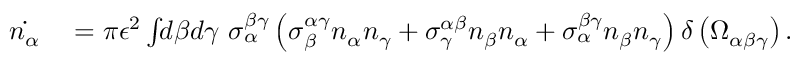
\begin{array} { r l } { \dot { n _ { \alpha } } } & { { } = \pi \epsilon ^ { 2 } \int \! \! d \beta d \gamma \ \sigma _ { \alpha } ^ { \beta \gamma } \left( \sigma _ { \beta } ^ { \alpha \gamma } n _ { \alpha } n _ { \gamma } + \sigma _ { \gamma } ^ { \alpha \beta } n _ { \beta } n _ { \alpha } + \sigma _ { \alpha } ^ { \beta \gamma } n _ { \beta } n _ { \gamma } \right) \delta \left( \Omega _ { \alpha \beta \gamma } \right) . } \end{array}